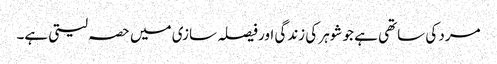
مرد کی ساتھی ہے جو شوہر کی زندگی اور فیصلہ سازی میں حصہ لیتی ہے۔